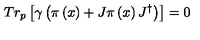
T r _ { p } \left[ \gamma \left( \pi \left( x \right) + J \pi \left( x \right) J ^ { \dagger } \right) \right] = 0